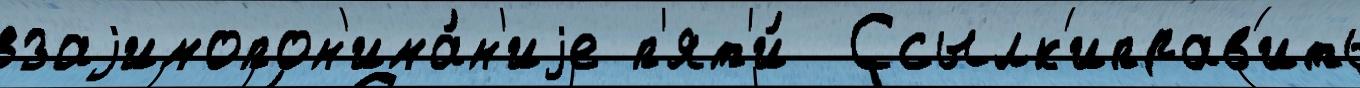
взаjимопон'има́н'иjе п'ят'и́  Ссылк'иправ'ить